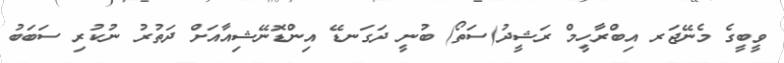
ވީބީގެ މެނޭޖަރ އިބްރާހީމް ރަޝީދު(ސަތޯ) ބުނީ ދަގަނޑޭ އިންޑޮނޭޝިއާއަށް ދަތުރު ނުކުރި ސަބަބު